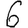
Digit: 6